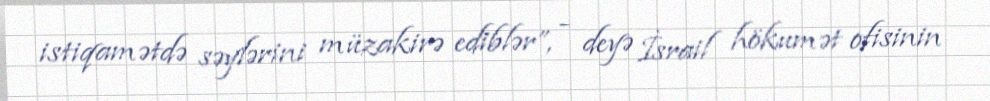
istiqamətdə səylərini müzakirə ediblər”, - deyə İsrail hökumət ofisinin